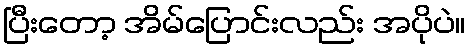
ပြီးတော့ အိမ်ပြောင်းလည်း အပိုပဲ။